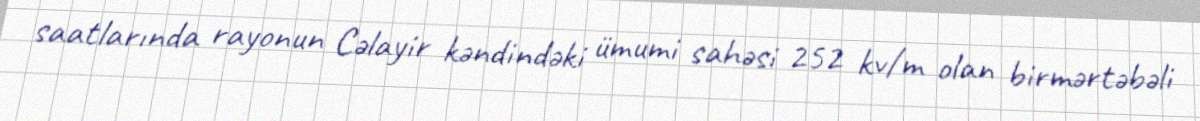
saatlarında rayonun Cəlayir kəndindəki ümumi sahəsi 252 kv/m olan birmərtəbəli